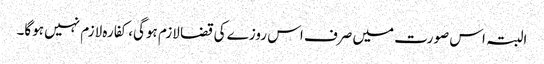
البتہ اس صورت میں صرف اس روزے کی قضا لازم ہوگی، کفارہ لازم نہیں ہوگا۔